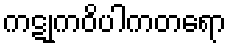
ကဋုကဝိပါကတရော